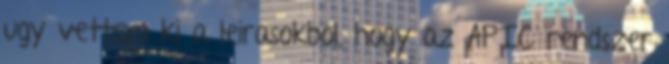
ugy vettem ki a leirasokbol, hogy az APIC rendszer